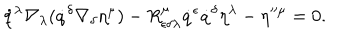
\dot { q } ^ { \lambda } \nabla _ { \lambda } ( \dot { q } ^ { \delta } \nabla _ { \delta } \eta ^ { \mu } ) - R _ { \epsilon \delta \lambda } ^ { \mu } \dot { q } ^ { \epsilon } \dot { q } ^ { \delta } \eta ^ { \lambda } - \eta ^ { \mu } = 0 .